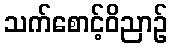
သက်စောင့်ဝိညာဉ်